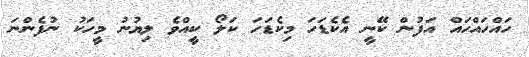
ހައްހައްހައް އަފުން ކޭނީ އެކެޑަހަ މިކެޑަހަ ކަލޯ ކީއްވެ ލިޔުނު މީހަކު ނުފެންނަ